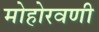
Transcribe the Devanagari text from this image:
मोहोरवणी